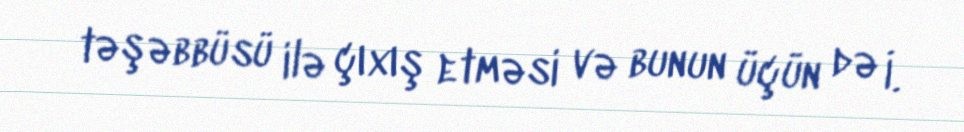
təşəbbüsü ilə çıxış etməsi və bunun üçün də İ.